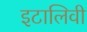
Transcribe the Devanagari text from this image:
इटालिवी